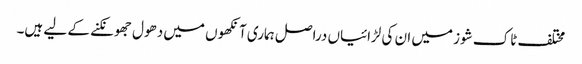
مختلف ٹاک شوز میں ان کی لڑائیاں دراصل ہماری آنکھوں میں دھول جھونکنے کے لیے ہیں۔